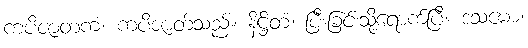
ကပိဇာတကံ၊ ကပိဇာတ်သည်။ နိဋ္ဌိတံ၊ ပြီးခြင်းသို့ရောက်ပြီ။ ဒသမော၊